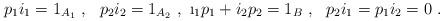
LaTeX: \begin{align*}p_{1}i_{1}=1_{A_{1}}\ ,\ \ p_{2}i_{2}=1_{A_{2}}\ ,\ \i_{1}p_{1}+i_{2}p_{2}=1_{B}\ ,\ \ p_{2}i_{1}=p_{1}i_{2}=0\ .\end{align*}